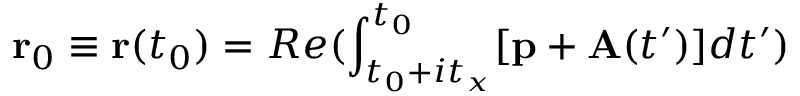
\mathbf { r } _ { 0 } \equiv \mathbf { r } ( t _ { 0 } ) = R e ( \int _ { t _ { 0 } + i t _ { x } } ^ { t _ { 0 } } [ \mathbf { p } + \mathbf { A } ( t ^ { \prime } ) ] d t ^ { \prime } )